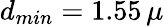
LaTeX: d_{min}=1.55\, \mu